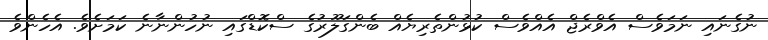
ނުގެނައި ނަމަވެސް އެވްރެޖް އެއްވެސް ކުޅުންތެރިިޔެއް ބެންގަލޫރުގެ ސްކޮޑްގައި ނުހުންނާނެ ކަމަށެވެ. އެހެންވެ